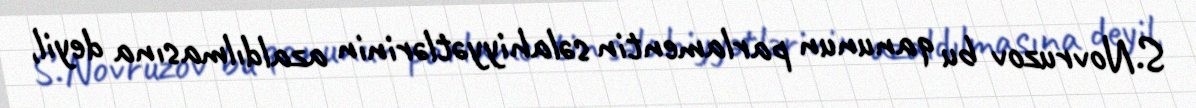
S.Novruzov bu qanunun parlamentin səlahiyyətlərinin azaldılmasına deyil,